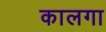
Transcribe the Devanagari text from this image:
कालगा